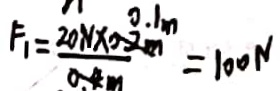
F _ { 1 } = \frac { 2 0 N \times 0 . 2 m } { 0 . 4 m } = 1 0 0 N